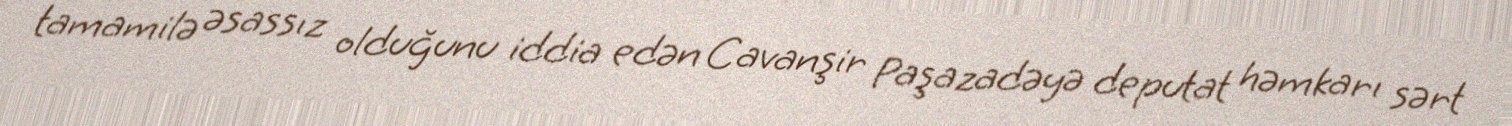
tamamilə əsassız olduğunu iddia edən Cavanşir Paşazadəyə deputat həmkarı sərt